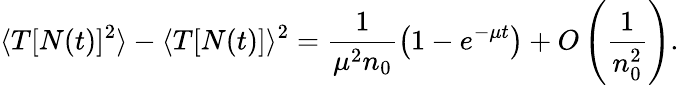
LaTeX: \langle T[N(t)]^{2}\rangle-\langle T[N(t)]\rangle^{2}=\frac{1}{\mu^{2}n_{0}}\left(1-e^{-\mu t}\right)+O\left(\frac{1}{n_{0}^{2}}\right).